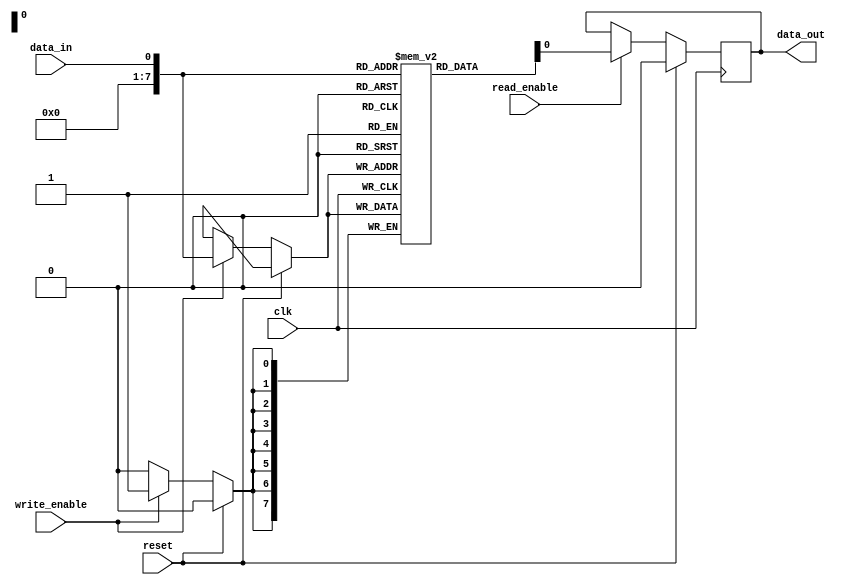
module NVRAM (
    input clk,
    input reset,
    input write_enable,
    input read_enable,
    input data_in,
    output reg data_out
);

reg [7:0] memory [0:255];

always @(posedge clk) begin
    if (reset) begin
        data_out <= 8'b0;
    end else begin
        if (write_enable) begin
            memory[data_in] <= data_in;
        end
        if (read_enable) begin
            data_out <= memory[data_in];
        end
    end
end

endmodule